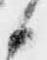
候